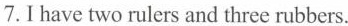
7.I have two rulers and three rubbers.